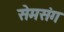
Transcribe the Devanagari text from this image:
सेमसंग